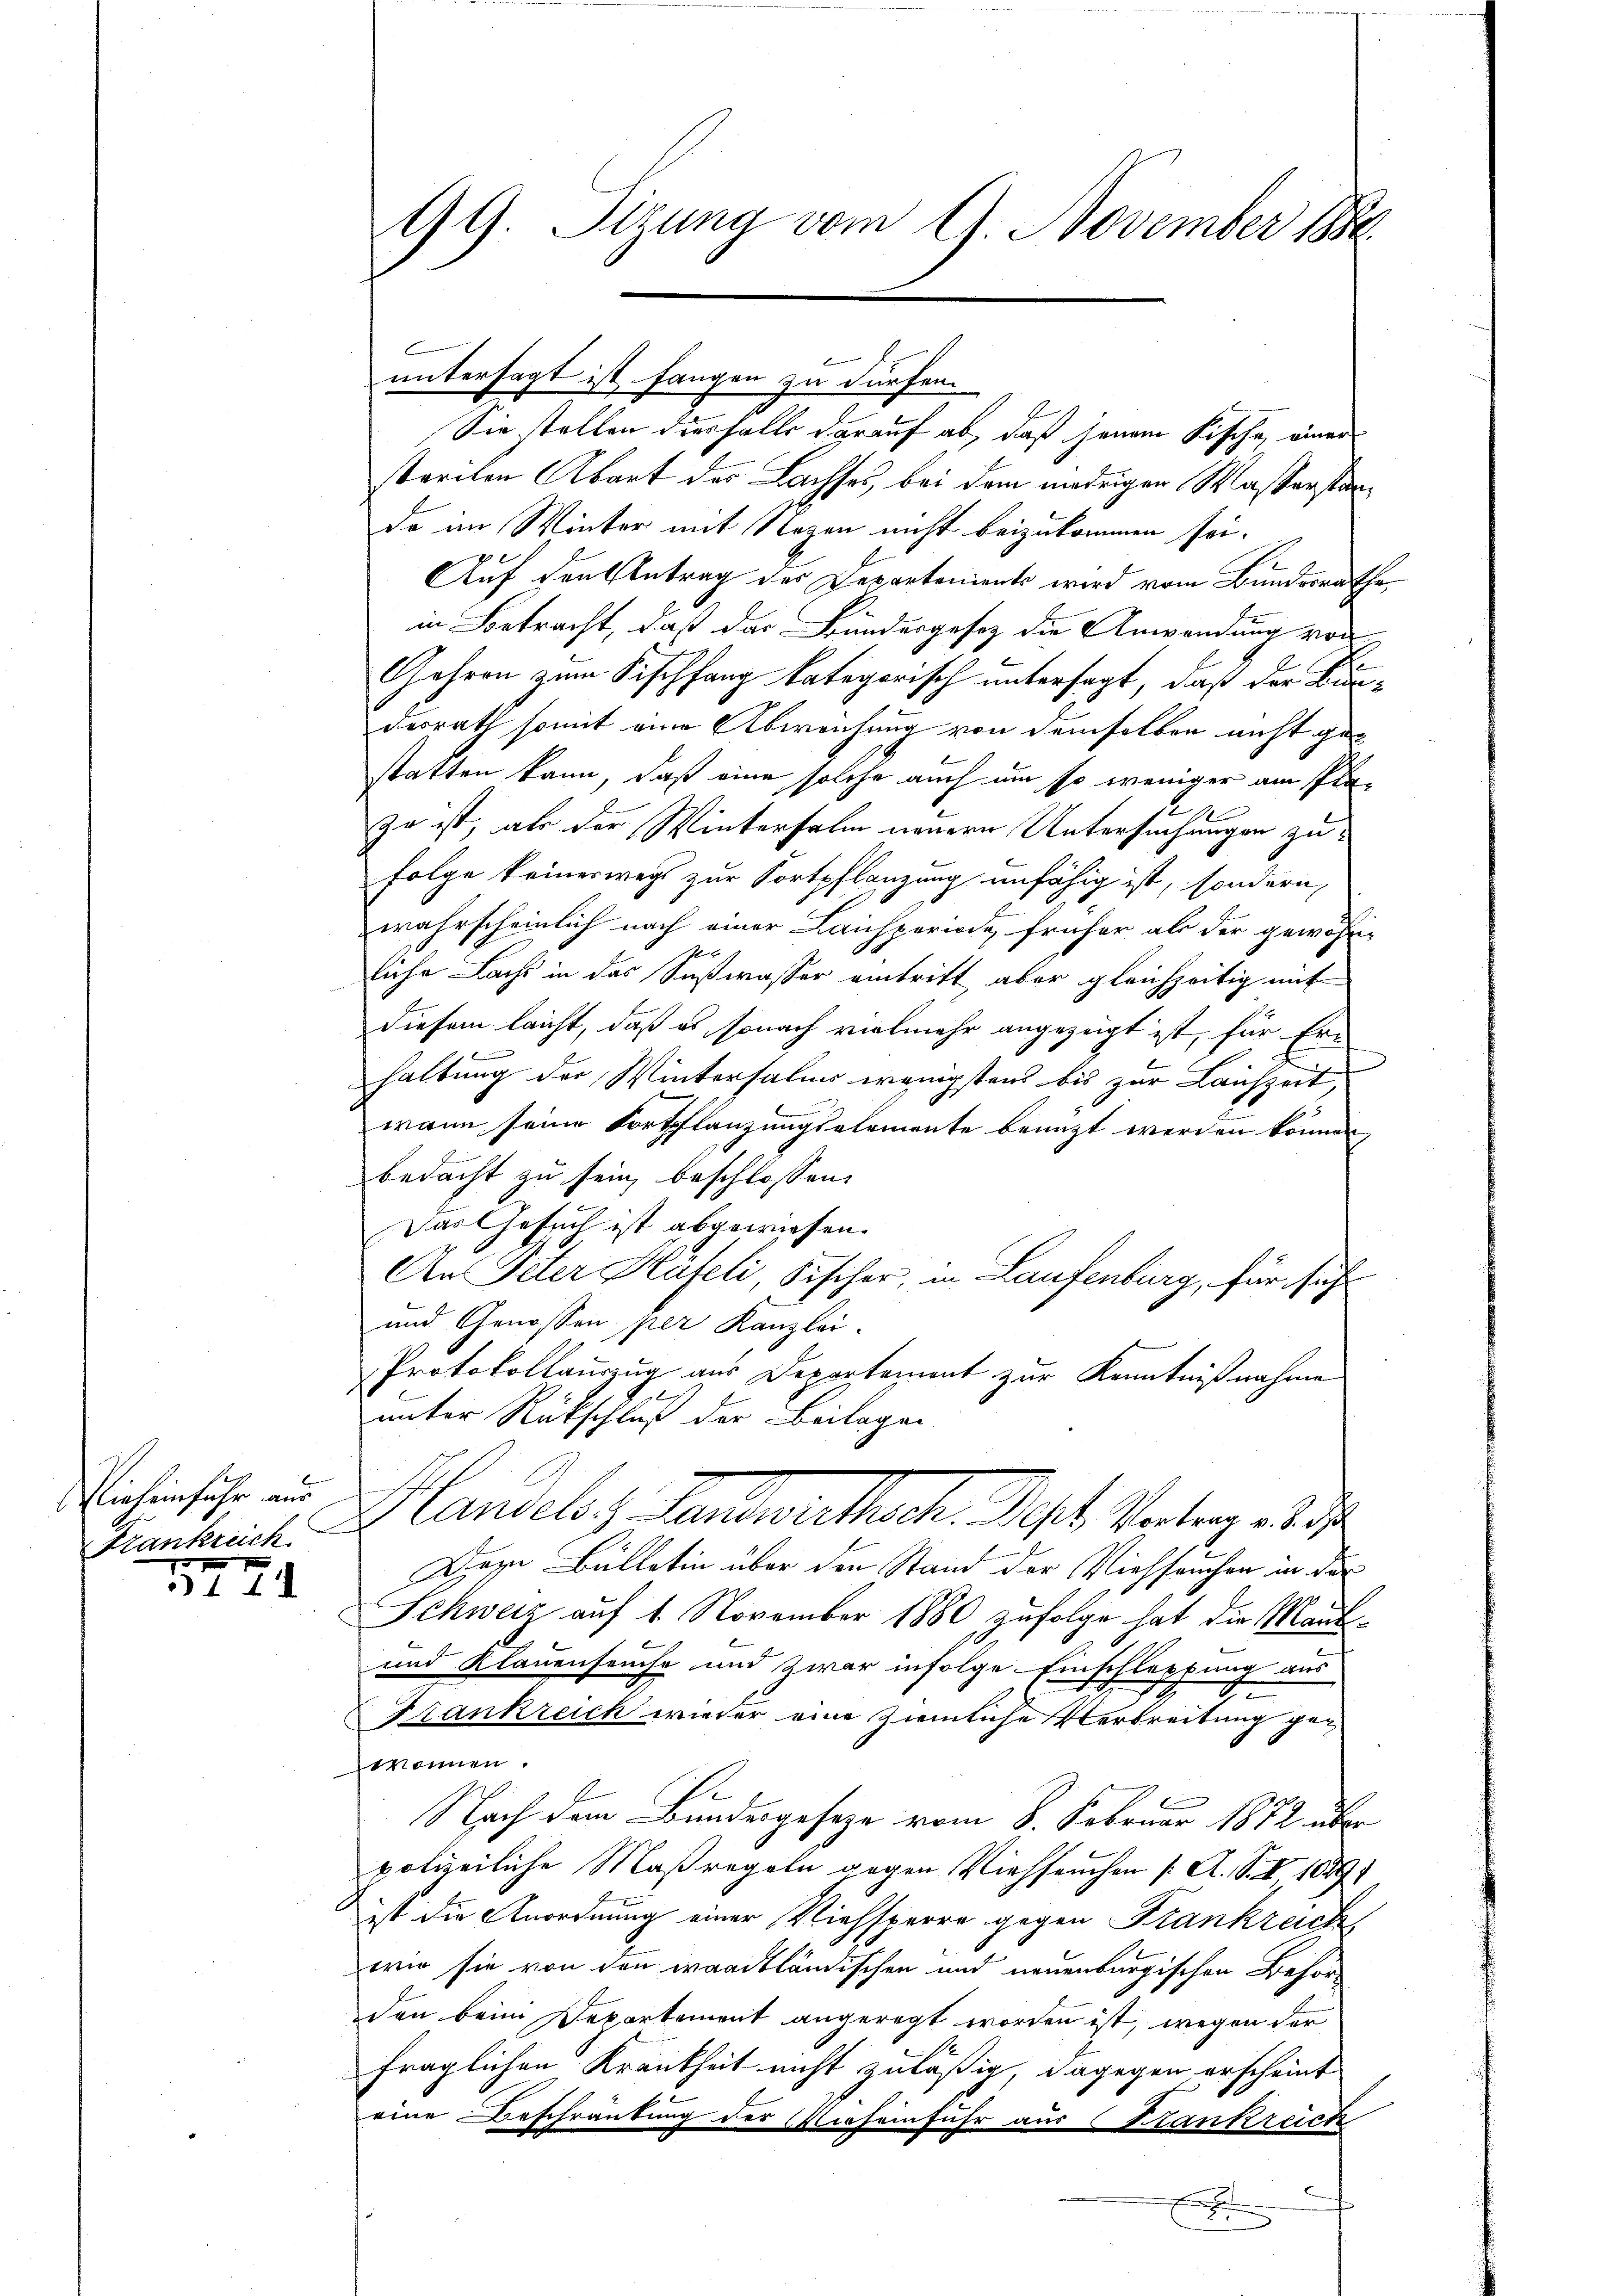
Dich einfuhr aus
Frankreich

5771

99. Sizung vom 9. November 1880

untersagt ist, fangen zu dürfen.
Sie stellen diesfalls darauf ab, daß jenem Fische einer
streiten Abart des Lachses, bei dem niedrigen Wasserstando im Winter mit Nozen nicht beizukommen sei.
Auf den Antrag des Departements wird vom Bundesrathe
in Betracht, daß das Bundesgesez die Anwendung von
Jahren zum Fischfang kategorisch untersagt, daß der Bundesrath somit eine Abweichung von demselben nicht gestatten kann, daß eine solche auch um so weniger am Pla¬
Zu ist, als der Wintersalm neuern Untersuchungen zu¬
Folge keineswegs zur Fortpflanzung unfähig ist, sondern,
wahrscheinlich nach einer Laichperiode früher als der gewöhn-
7
liche Lachs in das Sußwasser eintritt, aber gleichzeitig mit
diesem leicht, daß es sonach vielmehr angezeigt ist, für Er-
haltung der Wintersalis wenigstens bis zur Lauszeit,
wann seine Fortschlanzungselemente benuzt werden können,
bedacht zu sein, beschlossen:
Das Gesuch ist abgewiesen.
An Peter Häfeli Fischer, in Laufenburg, für sich
und Genossen per Kanzlei-
Protokollauszug aus Departement zur Kenntnißnahme
unter Rückschluß der Beilagen
Handels Handesrath Art. Vortrag es
Drze Bullatin über den Stand der Viehseuchen in der
Schweiz auf 1. November 1880, zufolge hat die Maut¬
und Klauenseuche und zwar infolge Einschleppung aus
Krankreich wieder eine ziemliche Verbreitung geekönnen.
Nach dem Bundesgesetze vom 8. Februar 1872 über
polizeiliche Maßregeln gegen Viehseuchen [A. S. I 1889
ist die Anordnung einer Viehsperre gegen Frankreich
wir sie von den waadtländischen und neuenburgischen Behörden beim Departement angeregt worden ist, wegen der
A
fraglichen Krankheit nicht zuläßig dagegen erscheint
eine Beschränkung der Wieseinfuhr aus Krankreich
E